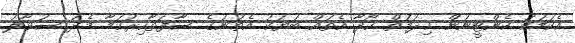
އެކަމަކު ކެންޓީނުން ޚިދުމަތް ހޯދާ އެތައް ބަޔަކު އެތަނުގެ ސާފުތާހިރުކަމާ މެދު ސުވާލު